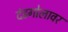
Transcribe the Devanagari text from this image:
दंडगोलावर